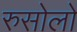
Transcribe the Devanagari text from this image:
रुसोलो